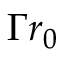
\Gamma r _ { 0 }